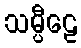
သမ္ပီဠေ